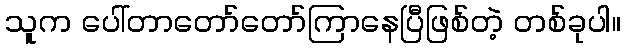
သူက ပေါ်တာတော်တော်ကြာနေပြီဖြစ်တဲ့ တစ်ခုပါ။